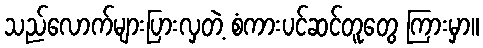
သည်လောက်များပြားလှတဲ့ စံကားပင်ဆင်တူတွေ ကြားမှာ။